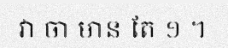
វា ចា មាន តែ ១ ។